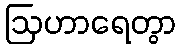
ဩဟာရေတွာ